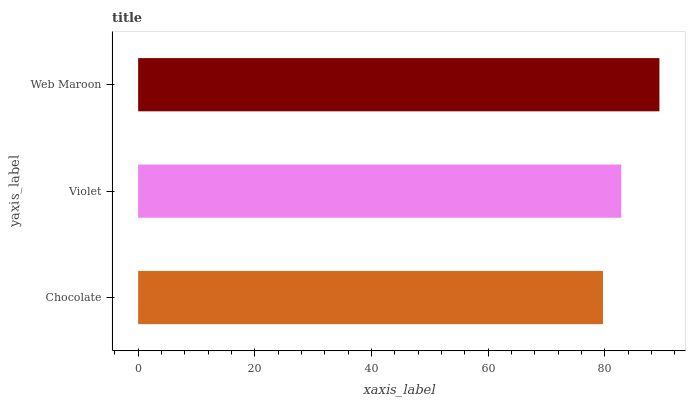
| yaxis_label | bars |
 | --- | --- |
 | Chocolate | 79.7 |
 | Violet | 82.8 |
 | Web Maroon | 89.3 |